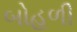
બોહળી